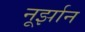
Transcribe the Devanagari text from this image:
नूर्झान